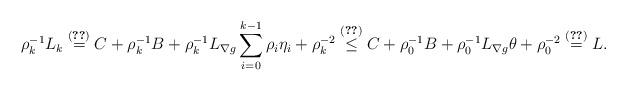
LaTeX: \begin{align*}\rho_k^{-1}L_k\overset{\eqref{conic-L} }{=}C+\rho_k^{-1}B+\rho_k^{-1}L_{\nabla g}\sum_{i=0}^{k-1}\rho_i\eta_i+\rho_k^{-2}\overset{\eqref{def1}}{\leq} C+\rho_0^{-1}B+\rho_0^{-1}L_{\nabla g}\theta+\rho_0^{-2}\overset{\eqref{def2}}{=}L.\end{align*}